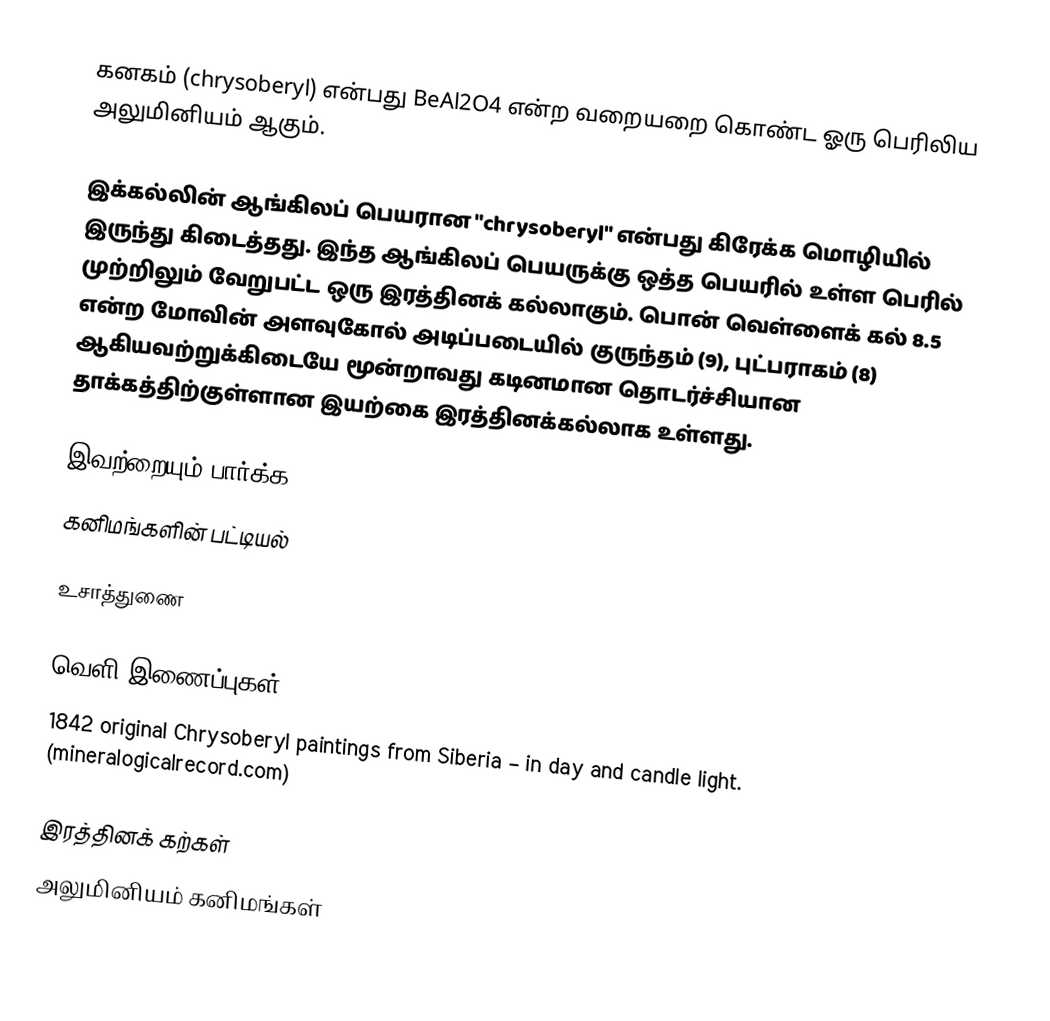
கனகம் (chrysoberyl) என்பது BeAl2O4 என்ற வறையறை கொண்ட ஓரு பெரிலிய அலுமினியம் ஆகும்.

இக்கல்லின் ஆங்கிலப் பெயரான "chrysoberyl" என்பது கிரேக்க மொழியில் இருந்து கிடைத்தது. இந்த ஆங்கிலப் பெயருக்கு ஒத்த பெயரில் உள்ள பெரில் முற்றிலும் வேறுபட்ட ஒரு இரத்தினக் கல்லாகும். பொன் வெள்ளைக் கல் 8.5 என்ற மோவின் அளவுகோல் அடிப்படையில் குருந்தம் (9), புட்பராகம் (8) ஆகியவற்றுக்கிடையே மூன்றாவது கடினமான தொடர்ச்சியான தாக்கத்திற்குள்ளான இயற்கை இரத்தினக்கல்லாக உள்ளது.

இவற்றையும் பார்க்க
கனிமங்களின் பட்டியல்

உசாத்துணை

வெளி இணைப்புகள்
 1842 original Chrysoberyl paintings from Siberia  – in day and candle light. (mineralogicalrecord.com)

இரத்தினக் கற்கள்
அலுமினியம் கனிமங்கள்